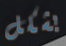
بشكل